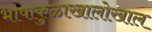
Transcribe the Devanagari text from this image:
भाषाकुळाखालोखाल